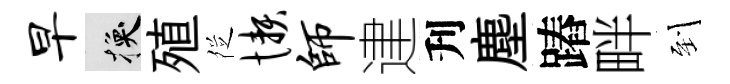
早换殖徔懒师䢖刋塵蹖畔到